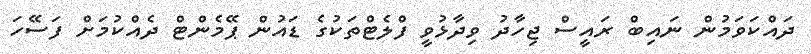
ދައްކަވަމުން ނައިބް ރައީސް ޖިހާދު ވިދާޅުވީ ފްލެޓްތަކުގެ ޑައުން ޕޭމެންޓް ދެއްކުމަށް ފަސޭހަ